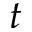
t